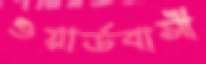
ওয়ার্ডবাসী